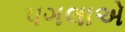
પગલાએ